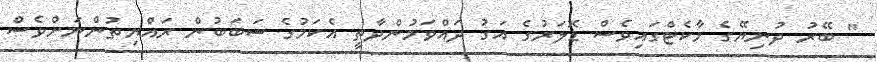
" ބޭރު ދުނިޔޭގެ މާކެޓްގައިވެސް ޑޮލަރުގެ އަގު ދައްވަމުންދާތީ އެކަމުގެ ސަބަބުން ރައްޔިތުންނަށްވެސް